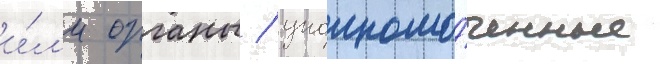
и́л'и органы / уполномо́ченные